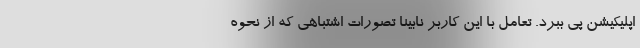
اپلیکیشن پی ببرد. تعامل با این کاربر نابینا تصورات اشتباهی که از نحوه